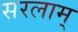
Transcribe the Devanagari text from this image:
सरलाम्